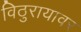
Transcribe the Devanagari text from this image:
विठुरायावर